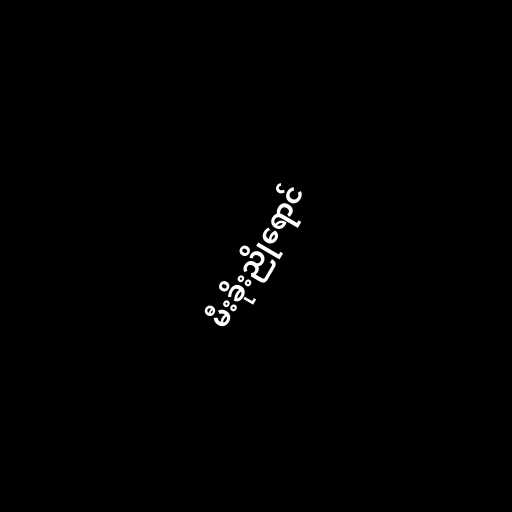
မီးခိုးညိုရောင်